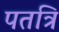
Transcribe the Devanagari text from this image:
पतत्रि